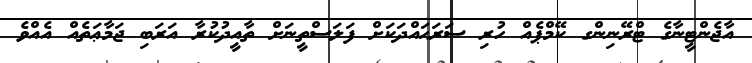
އާޖެންޓީނާގެ ޓްރޭނިންގ ކޭމްޕެއް ހުރި ސަރަޙައްދަކަށް ފަލަސްތީނަށް ތާއީދުކުރާ އަރަބި ޖަމާޢަތެއް އެއްވެ